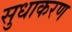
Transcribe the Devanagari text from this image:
सुधाकरण